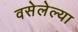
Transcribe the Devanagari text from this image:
वसेलेल्या